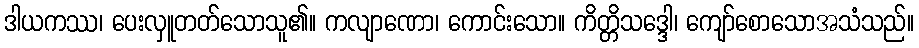
ဒါယကဿ၊ ပေးလှူတတ်သောသူ၏။ ကလျာဏော၊ ကောင်းသော။ ကိတ္တိသဒ္ဒေါ၊ ကျော်စောသောအသံသည်။